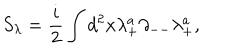
S _ { \lambda } = { \frac { i } { 2 } } \int d ^ { 2 } x \lambda _ { + } ^ { a } \partial _ { -- } \lambda _ { + } ^ { a } ,